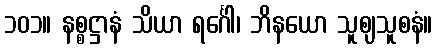
၁၀၁။ နစ္စဋ္ဌာနံ သိယာ ရင်္ဂေါ၊ ဘိနယော သူစျသူစနံ။